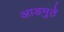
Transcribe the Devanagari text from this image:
आडमुठे